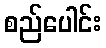
စည်ပေါင်း